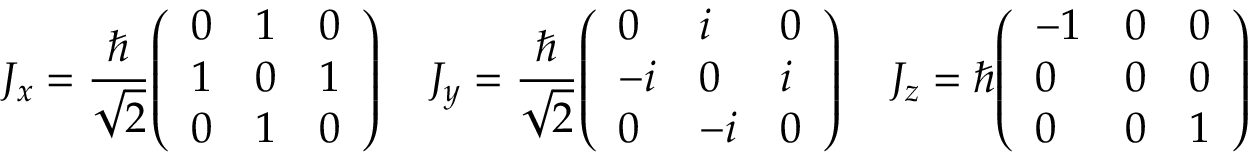
J _ { x } = { \frac { \hbar } { \sqrt { 2 } } } { \left( \begin{array} { l l l } { 0 } & { 1 } & { 0 } \\ { 1 } & { 0 } & { 1 } \\ { 0 } & { 1 } & { 0 } \end{array} \right) } \, \quad J _ { y } = { \frac { \hbar } { \sqrt { 2 } } } { \left( \begin{array} { l l l } { 0 } & { i } & { 0 } \\ { - i } & { 0 } & { i } \\ { 0 } & { - i } & { 0 } \end{array} \right) } \, \quad J _ { z } = \hbar { \left( \begin{array} { l l l } { - 1 } & { 0 } & { 0 } \\ { 0 } & { 0 } & { 0 } \\ { 0 } & { 0 } & { 1 } \end{array} \right) }